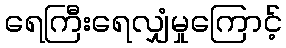
ရေကြီးရေလျှံမှုကြောင့်